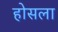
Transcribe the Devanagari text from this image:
होसला